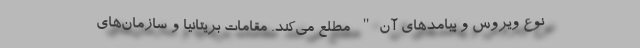
نوع ویروس و پیامدهای آن" مطلع می‌کند. مقامات بریتانیا و سازمان‌های